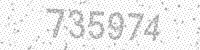
Solution: 735974